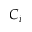
C _ { i }